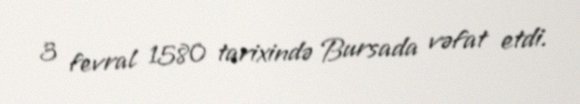
3 fevral 1580 tarixində Bursada vəfat etdi.